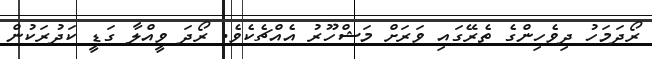
ރޯދަމަހު ދިވެހިންގެ ތެރޭގައި ވަރަށް މަޝްހޫރު އެއްޗެކެވެ. ރޯދަ ވީއްލާ ގަޑީ ކަދުރަކުން